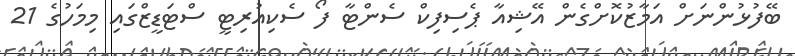
ބޭފުޅުންނަށް އަމާޒުކޮށްގެން އޭޝިއާ ޕެސިފިކް ސެންޓާ ފޯ ސެކިއުރިޓީ ސްޓަޑީޒްގައި މިމަހުގެ 21